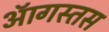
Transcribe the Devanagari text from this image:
ऑगस्तस